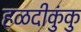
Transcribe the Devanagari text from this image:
हळदीकुंकु